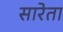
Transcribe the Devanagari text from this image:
सारेता